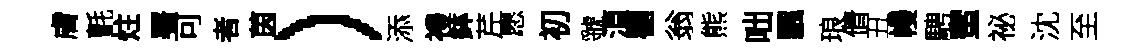
膚氈炷署可者茵）添禮鉢芹愿初虢湏瞿翁熊咄飄琅倩丑幔騁蜜祕沈至